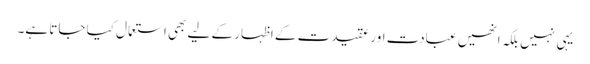
یہی نہیں بلکہ انھیں عبادت اور عقیدت کے اظہار کے لیے بھی استعمال کیا جاتا ہے۔